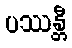
ပဿန္တီ